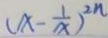
( x - \frac { 1 } { x } ) ^ { 2 n }